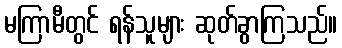
မကြာမီတွင် ရန်သူများ ဆုတ်ခွာကြသည်။